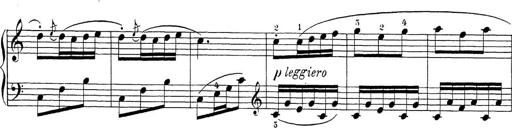
Title: Sonatina Album
Composer: Louis KÃ¶hler